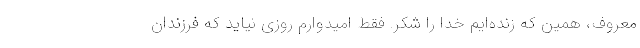
معروف، همین که زنده‌ایم خدا را شکر. فقط امیدوارم روزی نیاید که فرزندان